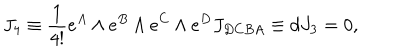
J _ { 4 } \equiv { \frac { 1 } { 4 ! } } e ^ { A } \wedge e ^ { B } \wedge e ^ { C } \wedge e ^ { D } J _ { D C B A } \equiv d J _ { 3 } = 0 , \qquad